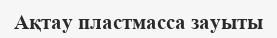
Ақтау пластмасса зауыты